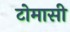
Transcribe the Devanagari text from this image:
टोमासी